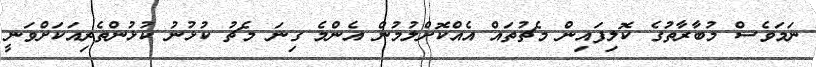
ނަމަވެސް މުބާރާތުގެ ކޮލިފައިން މެޗުތައް އެއްކޮށްލުމުން އެންމެ ގިނަ މެޗު ކުޅުނު ކުޅުންތެރިއަކަށްވަނީ